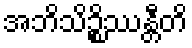
အဘိသိဉ္စိဿန္တီတိ